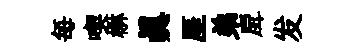
每喫楙真厓弟戽发